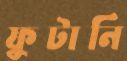
ফুটানি